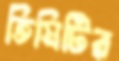
তিমিটির